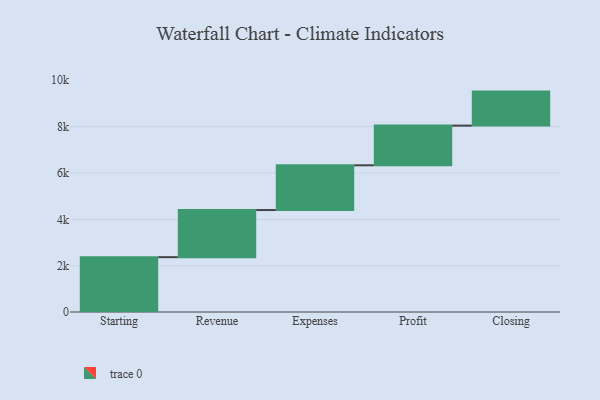
{"axis": {"x": "Step", "y": "Value"}, "legend": [""], "data": [{"x": "Starting", "y": 2366.0, "type": ""}, {"x": "Revenue", "y": 2033.0, "type": ""}, {"x": "Expenses", "y": 1931.0, "type": ""}, {"x": "Profit", "y": 1712.0, "type": ""}, {"x": "Closing", "y": 1468.0, "type": ""}]}